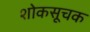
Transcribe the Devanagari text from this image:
शोकसूचक